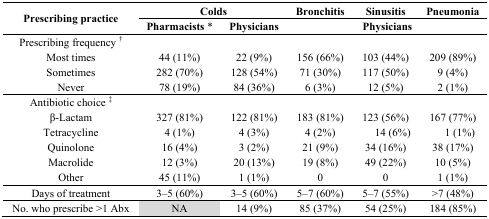
<table><thead><tr><td rowspan="2"><b>Prescribing practice</b></td><td colspan="2"><b>Colds</b></td><td><b>Bronchitis</b></td><td><b>Sinusitis</b></td><td><b>Pneumonia</b></td></tr><tr><td><b>Pharmacists *</b></td><td><b>Physicians</b></td><td colspan="3"><b>Physicians</b></td></tr></thead><tbody><tr><td>Prescribing frequency <sup>†</sup></td><td></td><td></td><td></td><td></td><td></td></tr><tr><td>Most times</td><td>44 (11%)</td><td>22 (9%)</td><td>156 (66%)</td><td>103 (44%) </td><td>209 (89%)</td></tr><tr><td>Sometimes</td><td>282 (70%)</td><td>128 (54%)</td><td>71 (30%)</td><td>117 (50%)</td><td>9 (4%)</td></tr><tr><td>Never</td><td>78 (19%)</td><td>84 (36%)</td><td>6 (3%)</td><td>12 (5%)</td><td>2 (1%)</td></tr><tr><td>Antibiotic choice <sup>‡</sup></td><td></td><td></td><td></td><td></td><td></td></tr><tr><td>β-Lactam</td><td>327 (81%)</td><td>122 (81%)</td><td>183 (81%)</td><td>123 (56%)</td><td>167 (77%)</td></tr><tr><td>Tetracycline</td><td>4 (1%)</td><td>4 (3%)</td><td>4 (2%)</td><td>14 (6%)</td><td>1 (1%)</td></tr><tr><td>Quinolone</td><td>16 (4%)</td><td>3 (2%)</td><td>21 (9%)</td><td>34 (16%)</td><td>38 (17%)</td></tr><tr><td>Macrolide</td><td>12 (3%)</td><td>20 (13%)</td><td>19 (8%)</td><td>49 (22%)</td><td>10 (5%)</td></tr><tr><td>Other</td><td>45 (11%)</td><td>1 (1%)</td><td>0</td><td>0</td><td>1 (1%)</td></tr><tr><td>Days of treatment </td><td>3–5 (60%)</td><td>3–5 (60%)</td><td>5–7 (60%)</td><td>5–7 (55%)</td><td>&gt;7 (48%)</td></tr><tr><td>No. who prescribe &gt;1 Abx</td><td>NA</td><td>14 (9%)</td><td>85 (37%)</td><td>54 (25%)</td><td>184 (85%)</td></tr></tbody></table>